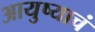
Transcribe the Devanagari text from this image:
आयुष्याचं